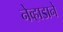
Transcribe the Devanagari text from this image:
नेव्हाडाने